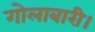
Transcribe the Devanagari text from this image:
गोलाबारी।